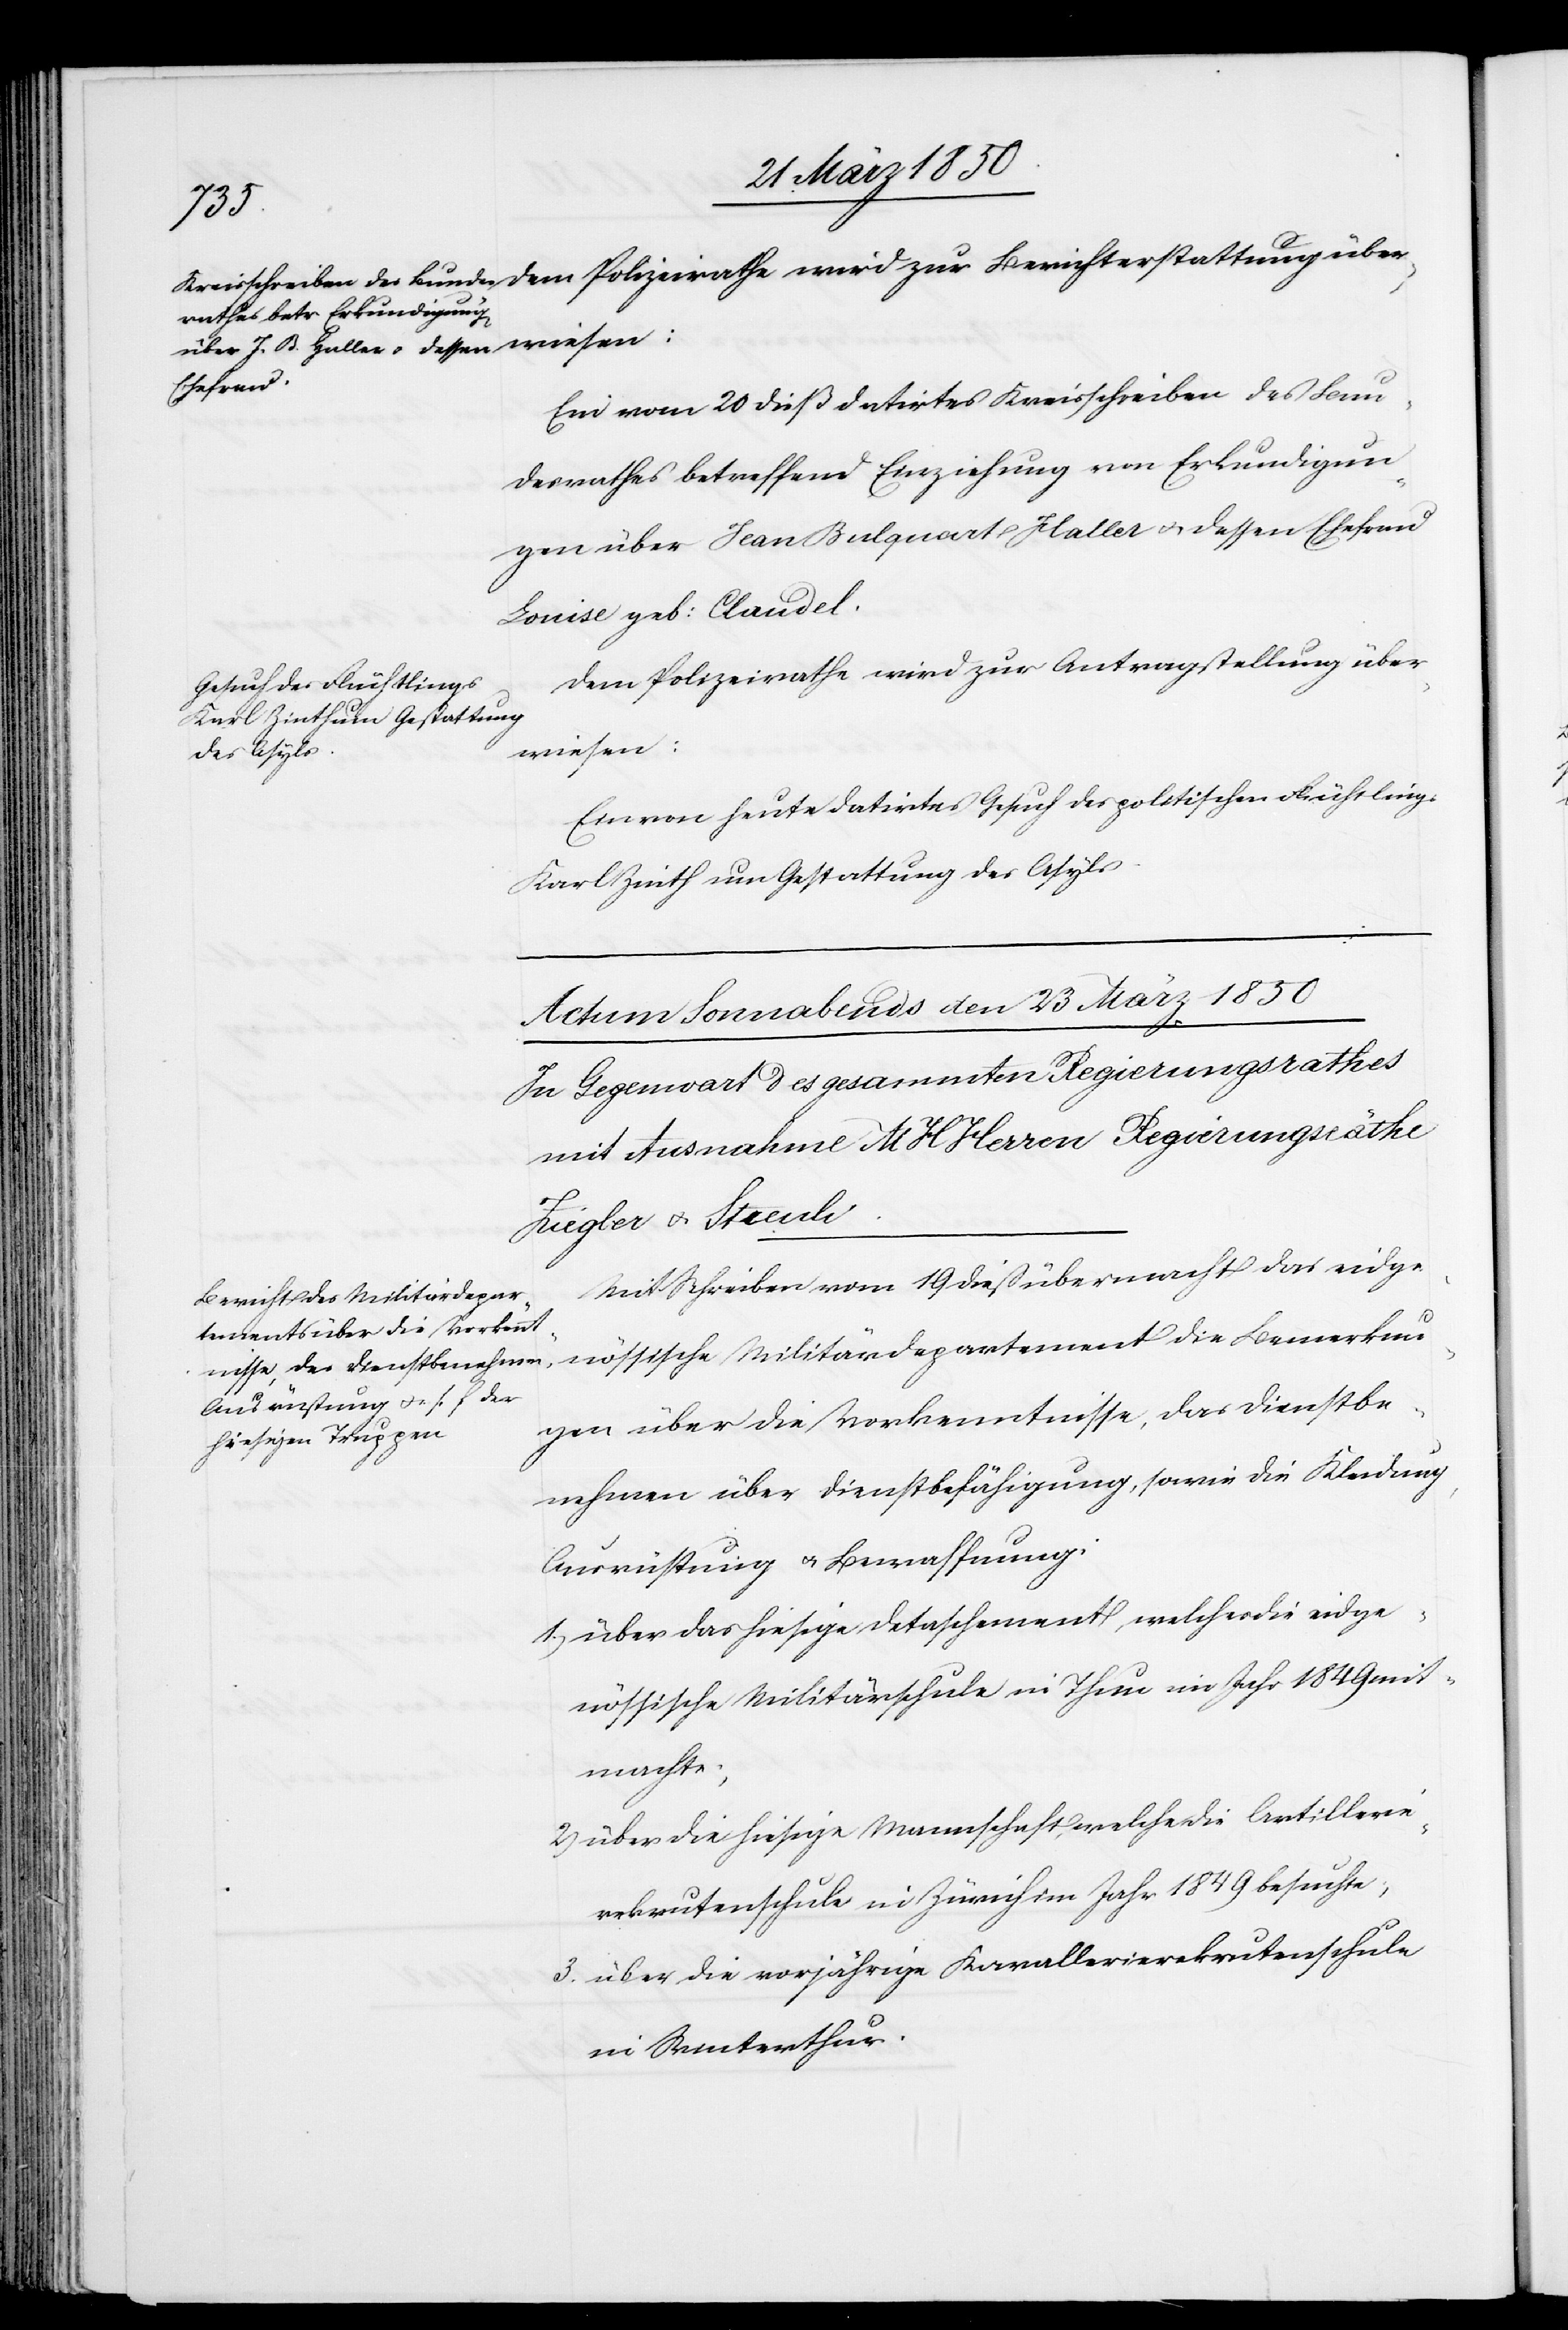
Ein vom 20 dieß datirtes Kreisschreiben des Bun¬
desrathes betreffend Einziehung von Erkundigun¬
gen über Jean Bulquart Haller u. dessen Ehefrau
Louise geb: Claudel.
Dem Polizeirathe wird zur Antragstellung über¬
wiesen:
Ein von heute datirtes Gesuch des politischen Flüchtlings
Karl Zinth um Gestattung des Asyls.
Mit Schreiben vom 19 dieß übermacht das eidge¬
nössische Militärdepartement die Bemerkun¬
gen über die Vorkenntnisse, das Dienstbe¬
nehmen über Dienstbefähigung, sowie die Kleidung,
Ausrüstung u. Bewaffnung.
1. über das hiesige Detaschement, welches die eidge¬
nössische Militärschule in Thun im Jahr 1849 mit¬
machte;
2. über die hiesige Mannschaft, welche die Artillerie¬
rekrutenschule in Zürich im Jahr 1849 besuchte;
3. über die vorjährige Kavallerierekrutenschule
in Winterthur.